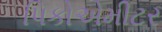
પિકોએમીટર